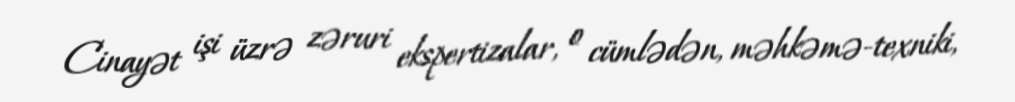
Cinayət işi üzrə zəruri ekspertizalar, o cümlədən, məhkəmə-texniki,